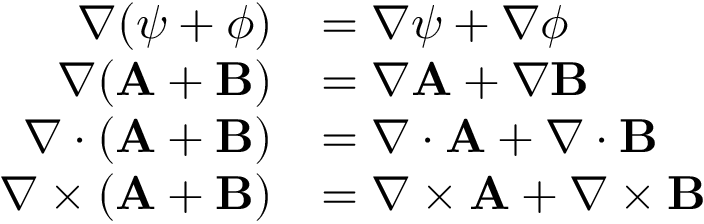
{ \begin{array} { r l } { \nabla ( \psi + \phi ) } & { = \nabla \psi + \nabla \phi } \\ { \nabla ( \mathbf { A } + \mathbf { B } ) } & { = \nabla \mathbf { A } + \nabla \mathbf { B } } \\ { \nabla \cdot ( \mathbf { A } + \mathbf { B } ) } & { = \nabla \cdot \mathbf { A } + \nabla \cdot \mathbf { B } } \\ { \nabla \times ( \mathbf { A } + \mathbf { B } ) } & { = \nabla \times \mathbf { A } + \nabla \times \mathbf { B } } \end{array} }